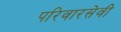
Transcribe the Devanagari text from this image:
परिवारसेवी